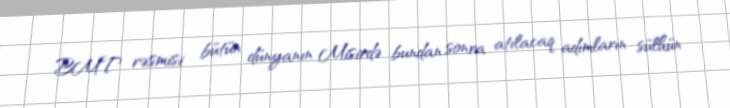
BMT rəsmisi bütün dünyanın Misirdə bundan sonra atılacaq adımların sülhün